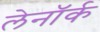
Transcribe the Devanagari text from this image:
लेनॉर्क